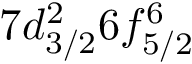
7 d _ { 3 / 2 } ^ { 2 } 6 f _ { 5 / 2 } ^ { 6 }